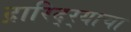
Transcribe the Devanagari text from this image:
द्रारिद्‌र्‍याचा